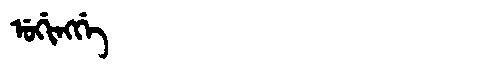
Manchu: ᡠᡤᡳᠩᡤᡝ
Romanization: UGINGGE